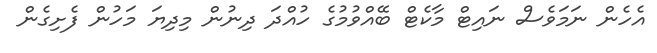
އެހެން ނަމަވެސް ނައިޓް މާކެޓް ބޭއްވުމުގެ ހުއްދަ ދިނުން މިދިޔަ މަހުން ފެށިގެން